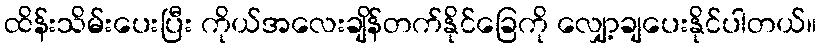
ထိန်းသိမ်းပေးပြီး ကိုယ်အလေးချိန်တက်နိုင်ခြေကို လျှော့ချပေးနိုင်ပါတယ်။